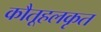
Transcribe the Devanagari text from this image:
कौतूहलकृत